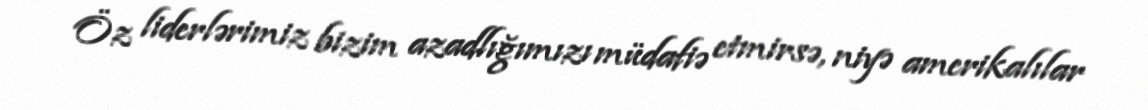
Öz liderlərimiz bizim azadlığımızı müdafiə etmirsə, niyə amerikalılar